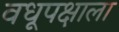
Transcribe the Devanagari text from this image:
वधूपक्षाला